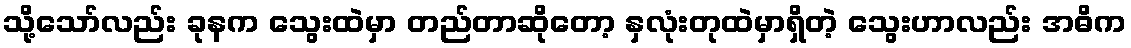
သို့သော်လည်း ခုနက သွေးထဲမှာ တည်တာဆိုတော့ နှလုံးတုထဲမှာရှိတဲ့ သွေးဟာလည်း အဓိက